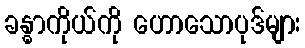
ခန္ဓာကိုယ်ကို ဟောသောပုဒ်များ